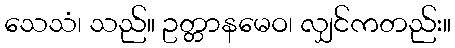
သေသံ၊ သည်။ ဥတ္တာနမေဝ၊ လျှင်ကတည်း။